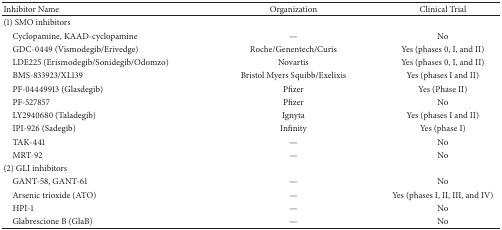
<table><thead><tr><td><b>Inhibitor Name</b></td><td><b>Organization</b></td><td><b>Clinical Trial</b></td></tr></thead><tbody><tr><td>(1) SMO inhibitors</td><td> </td><td> </td></tr><tr><td> Cyclopamine, KAAD-cyclopamine</td><td>—</td><td>No</td></tr><tr><td> GDC-0449 (Vismodegib/Erivedge)</td><td>Roche/Genentech/Curis</td><td>Yes (phases 0, I, and II)</td></tr><tr><td> LDE225 (Erismodegib/Sonidegib/Odomzo)</td><td>Novartis</td><td>Yes (phases 0, I, and II)</td></tr><tr><td> BMS-833923/XL139</td><td>Bristol Myers Squibb/Exelixis</td><td>Yes (phases I and II)</td></tr><tr><td> PF-04449913 (Glasdegib)</td><td>Pfizer</td><td>Yes (Phase II)</td></tr><tr><td> PF-527857</td><td>Pfizer</td><td>No</td></tr><tr><td> LY2940680 (Taladegib)</td><td>Ignyta</td><td>Yes (phases I and II)</td></tr><tr><td> IPI-926 (Sadegib)</td><td>Infinity</td><td>Yes (phase I)</td></tr><tr><td> TAK-441</td><td>—</td><td>No</td></tr><tr><td> MRT-92</td><td>—</td><td>No</td></tr><tr><td>(2) GLI inhibitors</td><td> </td><td> </td></tr><tr><td> GANT-58, GANT-61</td><td>—</td><td>No</td></tr><tr><td> Arsenic trioxide (ATO)</td><td>—</td><td>Yes (phases I, II, III, and IV)</td></tr><tr><td> HPI-1</td><td>—</td><td>No</td></tr><tr><td> Glabrescione B (GlaB)</td><td>—</td><td>No</td></tr></tbody></table>